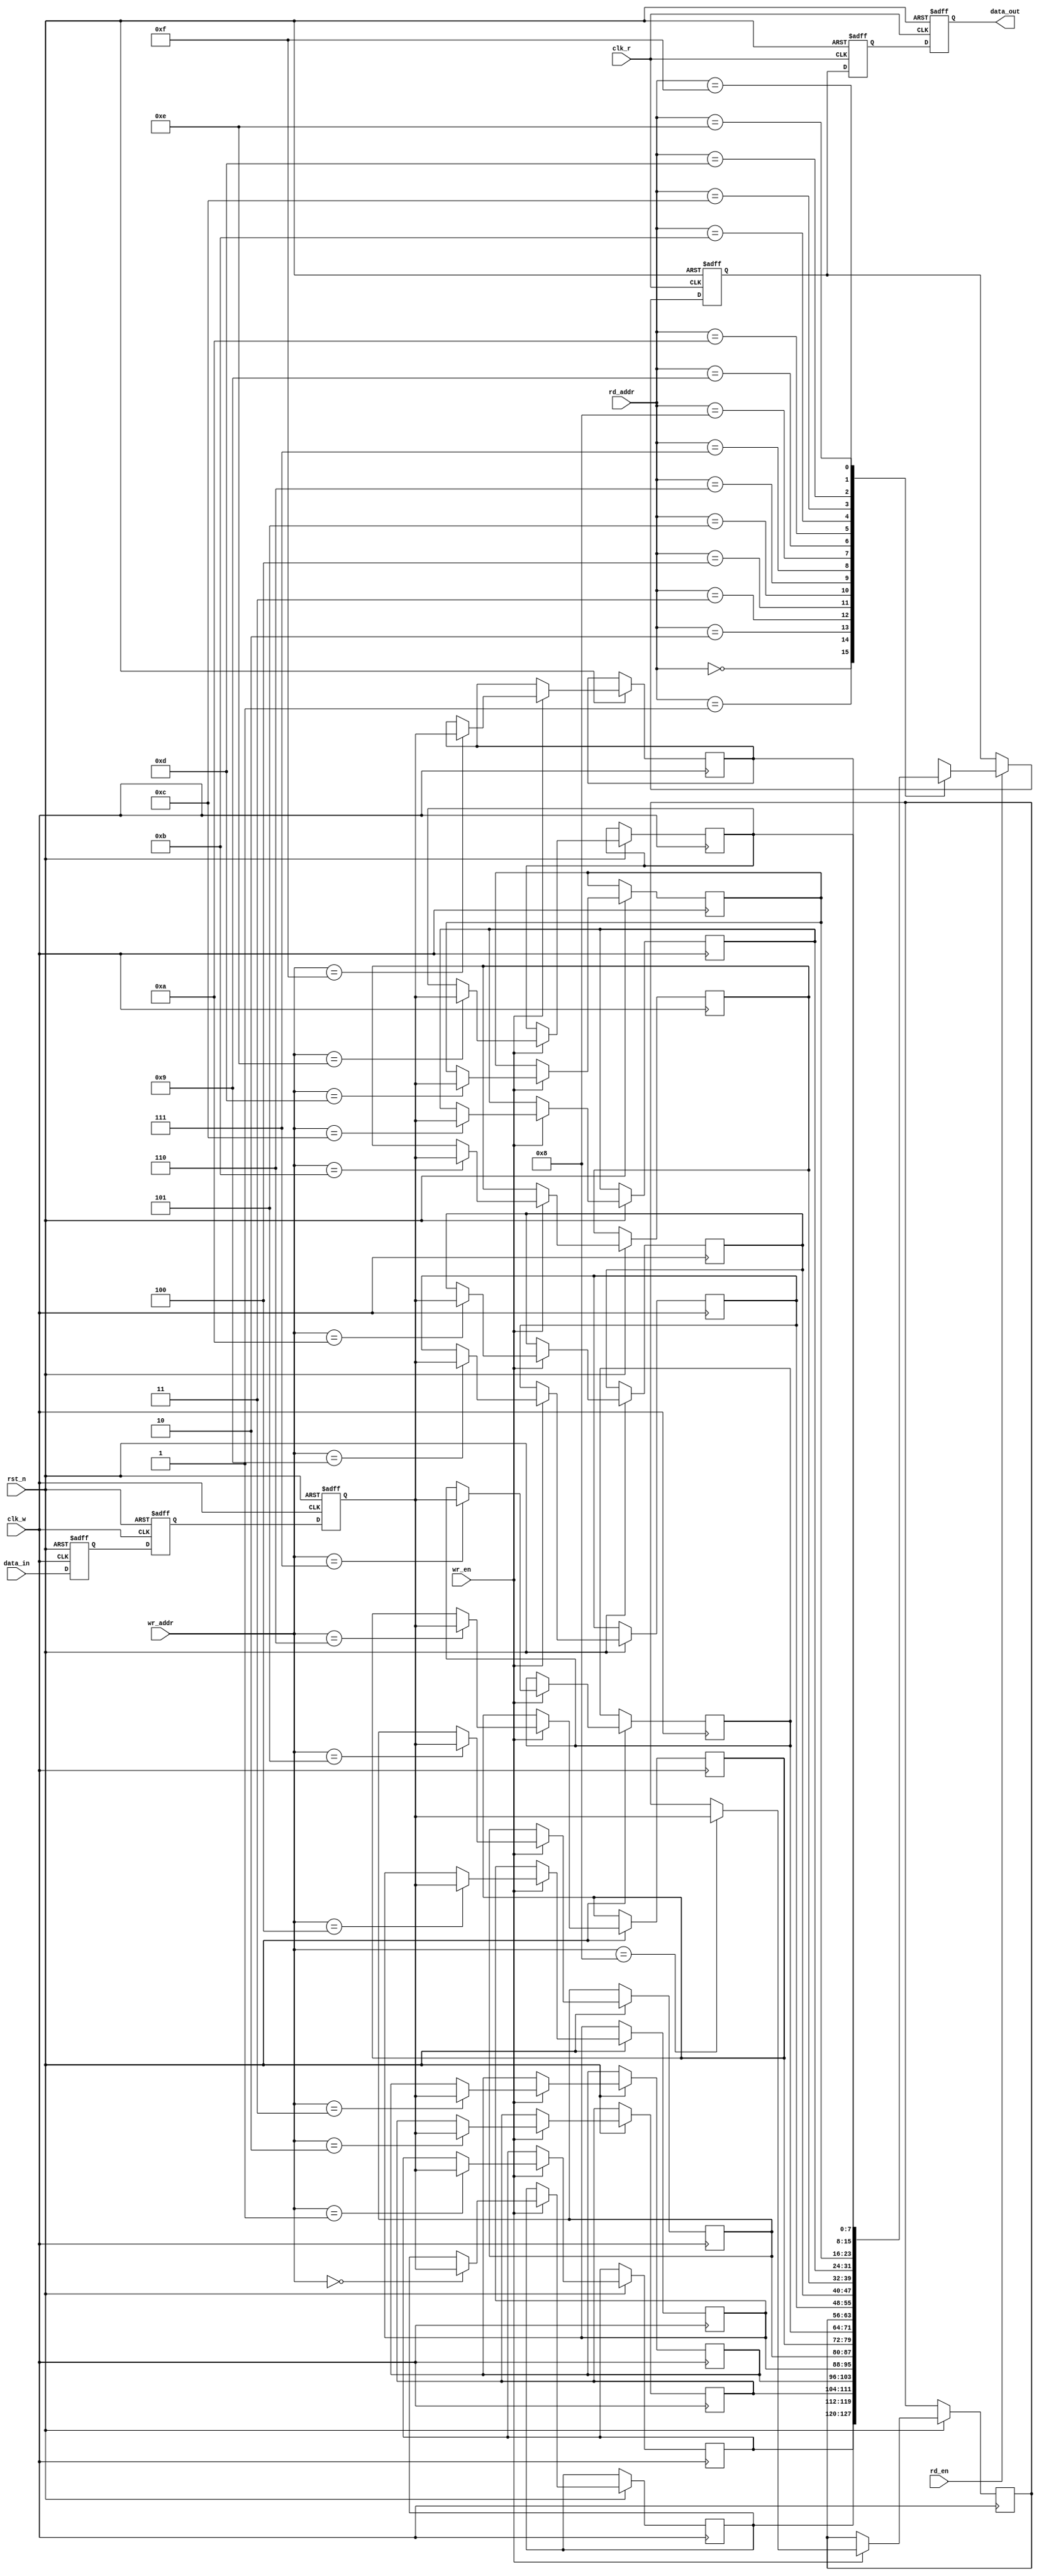
module memory_block #(
    parameter DATA_WIDTH = 8,     // Width of data words
    parameter ADDR_WIDTH = 4,     // Number of address bits
    parameter MEMORY_DEPTH = 1 << ADDR_WIDTH,  // Memory size
    parameter DELAY_STAGES = 3     // Number of stages in the delay line
) (
    input  wire                   clk_w,        // Write clock
    input  wire                   clk_r,        // Read clock
    input  wire                   rst_n,        // Active low reset
    input  wire                   wr_en,        // Write enable
    input  wire                   rd_en,        // Read enable
    input  wire [ADDR_WIDTH-1:0] wr_addr,      // Write address
    input  wire [ADDR_WIDTH-1:0] rd_addr,      // Read address
    input  wire [DATA_WIDTH-1:0] data_in,      // Data to write
    output wire [DATA_WIDTH-1:0] data_out       // Data read
);

    // Memory array
    reg [DATA_WIDTH-1:0] memory_array [0:MEMORY_DEPTH-1];

    // Delay line for write data
    reg [DATA_WIDTH-1:0] delay_line [0:DELAY_STAGES-1];
    integer i;

    // Update delay line
    always @(posedge clk_w or negedge rst_n) begin
        if (!rst_n) begin
            for (i = 0; i < DELAY_STAGES; i = i + 1) begin
                delay_line[i] <= 0;
            end
        end else begin
            delay_line[0] <= data_in; // Input to the first stage
            for (i = 1; i < DELAY_STAGES; i = i + 1) begin
                delay_line[i] <= delay_line[i-1]; // Shift through the delay line
            end
            // Write data to memory after delay
            if (wr_en) begin
                memory_array[wr_addr] <= delay_line[DELAY_STAGES-1];
            end
        end
    end

    // Safe delay line for read data
    reg [DATA_WIDTH-1:0] read_delay_line [0:DELAY_STAGES-1];

    // Read data with delay
    always @(posedge clk_r or negedge rst_n) begin
        if (!rst_n) begin
            for (i = 0; i < DELAY_STAGES; i = i + 1) begin
                read_delay_line[i] <= 0;
            end
        end else begin
            if (rd_en) begin
                // First stage of read delay line with current memory data
                read_delay_line[0] <= memory_array[rd_addr];
            end
            for (i = 1; i < DELAY_STAGES; i = i + 1) begin
                read_delay_line[i] <= read_delay_line[i-1]; // Shift through the delay line
            end
        end
    end

    // Output the final delayed read data
    assign data_out = read_delay_line[DELAY_STAGES-1];

endmodule